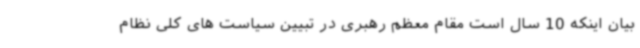
بیان اینکه 10 سال است مقام معظم رهبری در تبیین سیاست های کلی نظام